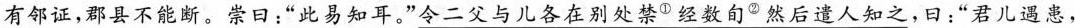
有邻证，郡县不能断。崇日：”此易知耳。”令二父与儿各在别处禁^{①}经数旬^{②}然后遣人知之，曰：”君儿遇患，